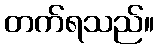
တက်ရသည်။